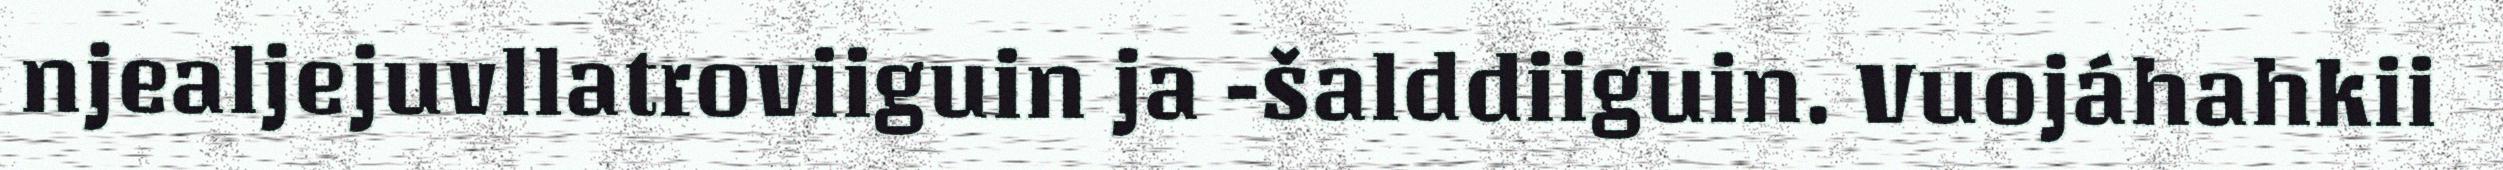
njealjejuvllatroviiguin ja -šalddiiguin. Vuojáhahkii